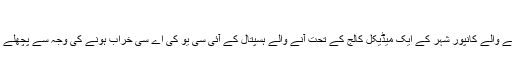
(فوٹو : اے این آئی)
نئی دہلی : اتر پردیش کی صنعتی راجدھانی کہلانے والے کانپور شہر کے ایک میڈیکل کالج کے تحت آنے والے ہسپتال کے آئی سی یو کی اے سی خراب ہونے کی وجہ سے پچھلے 24 گھنٹے میں5 مریضوں کی موت ہو گئی ہے۔